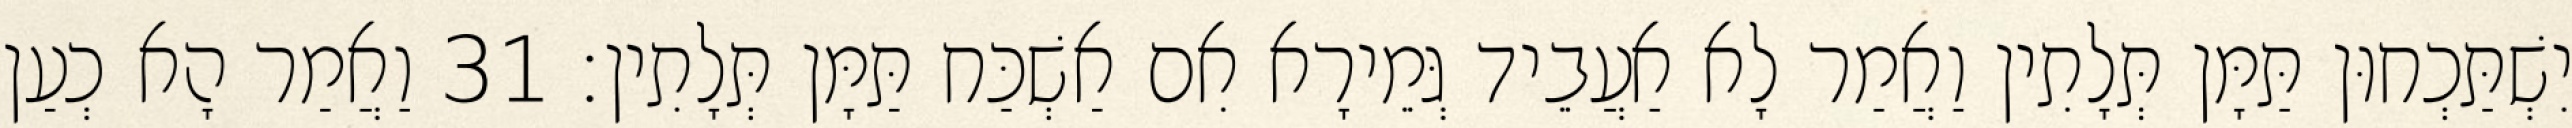
יִשְׁתַּכְחוּן תַּמָּן תְּלָתִין וַאֲמַר לָא אַעֲבֵיד גְּמֵירָא אִם אַשְׁכַּח תַּמָּן תְּלָתִין׃ 31 וַאֲמַר הָא כְעַן